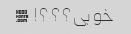
خوبی؟؟؟! �